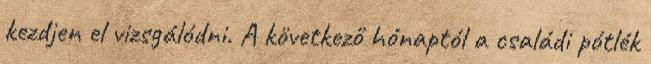
kezdjen el vizsgálódni. A következő hónaptól a családi pótlék